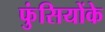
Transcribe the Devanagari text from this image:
फुंसियोंके